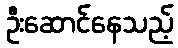
ဦးဆောင်နေသည့်